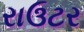
રાઉટર